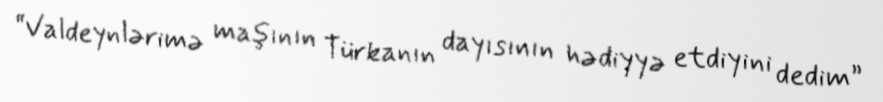
“Valdeynlərimə maşının Türkanın dayısının hədiyyə etdiyini dedim”